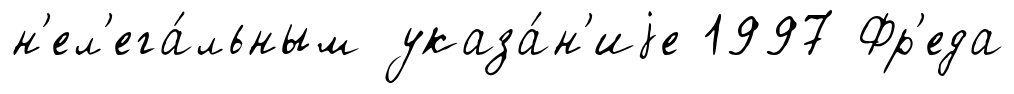
н'ел'ега́льным указа́н'иjе 1997 Фр'еда